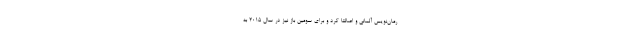
رمان‌نویس آلمانی و اصالتا کُرد و برای سومین باز نیز در سال 2015 به